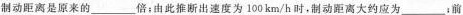
制动距离是原来的___倍；由此推断出速度为100km/h时，制动距离大约应为___；前